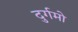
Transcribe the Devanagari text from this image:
दुर्गमो